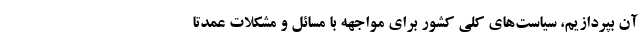
آن بپردازیم، سیاست‌های کلی کشور برای مواجهه با مسائل و مشکلات عمدتا